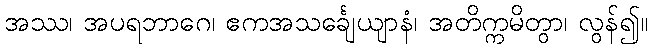
အဿ၊ အပရဘာဂေ၊ ဧကအသင်္ချေယျာနံ၊ အတိက္ကမိတွာ၊ လွန်၍။